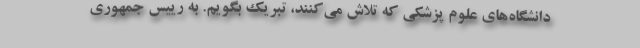
دانشگاه‌های علوم پزشکی که تلاش می‌کنند، تبریک بگویم. به رییس جمهوری